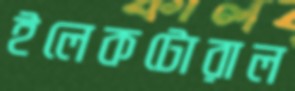
ইলেকটোরাল